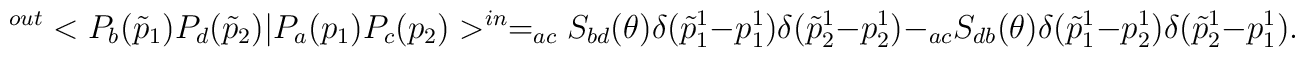
^{out}<P_{b}(\tilde{p}_{1})P_{d}(\tilde{p}_{2})|P_{a}(p_{1})P_{c}(p_{2})>^{in}=_{ac}S_{bd}(\theta )\delta(\tilde{p}_{1}^{1}-p_{1}^{1})\delta(\tilde{p}_{2}^{1}-p_{2}^{1})-_{ac}S_{db}(\theta )\delta(\tilde{p}_{1}^{1}-p_{2}^{1})\delta(\tilde{p}_{2}^{1}-p_{1}^{1}).